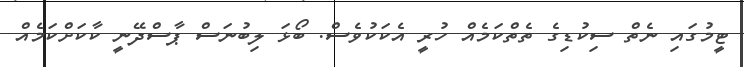
ޓީމުގައި ނެތް ސިކުޑިގެ ތެތްކަމެއް ހުރީ އެކަކުވެސް. ބޯޅަ ލިބުނަސް ޕާސްދޭނީ ކާކަށްކަމެއް